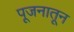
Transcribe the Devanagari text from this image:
पूजनातून